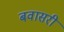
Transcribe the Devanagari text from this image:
बवासरी